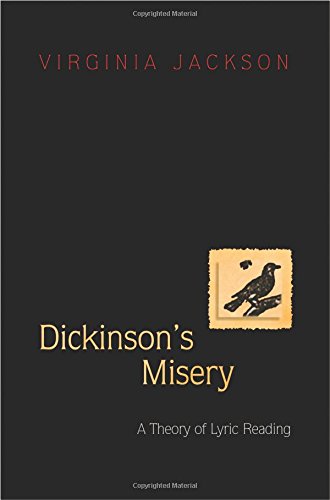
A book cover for Dickinson's Misery: A Theory of Lyric Reading; Virginia Jackson; Literature & Fiction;